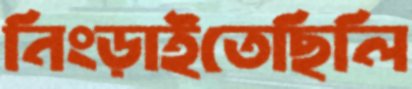
নিংড়াইতেছিলি